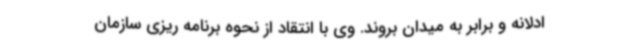
ادلانه و برابر به میدان بروند. وی با انتقاد از نحوه برنامه ریزی سازمان